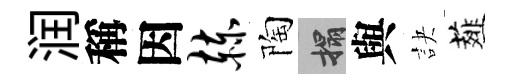
润稱因赫陶搨與訣薤